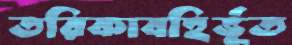
তরিকাবহির্ভূত